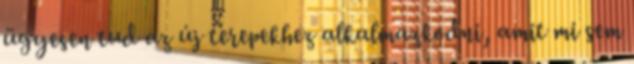
ügyesen tud az új terepekhez alkalmazkodni, amit mi sem